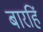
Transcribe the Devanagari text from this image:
बारहिं